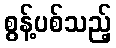
စွန့်ပစ်သည့်